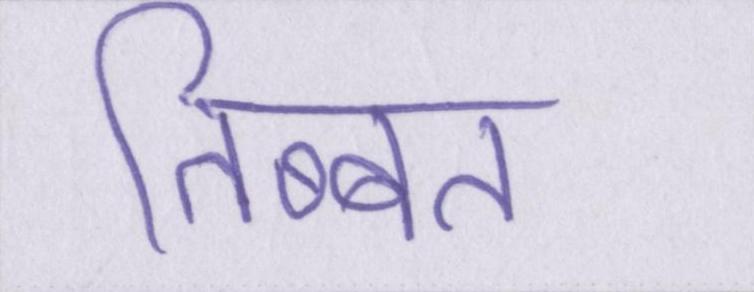
तिब्बत